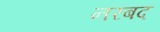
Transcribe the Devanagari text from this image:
नरबद